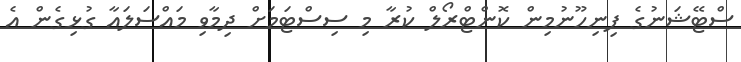
ސްޓޭޝަނުގެ ފިނިހޫނުމިން ކޮންޓްރޯލް ކުރާ މި ސިސްޓަމަށް ދިމާވި މައްސަލައާ ގުޅިގެން އެ